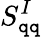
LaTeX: S_{\mathtt{q}\mathtt{q}}^{I}